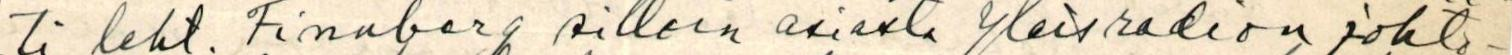
ti leht. Finnberg silloin asiasta yleisradion johto-